Leaving Certificate Examination, 1911
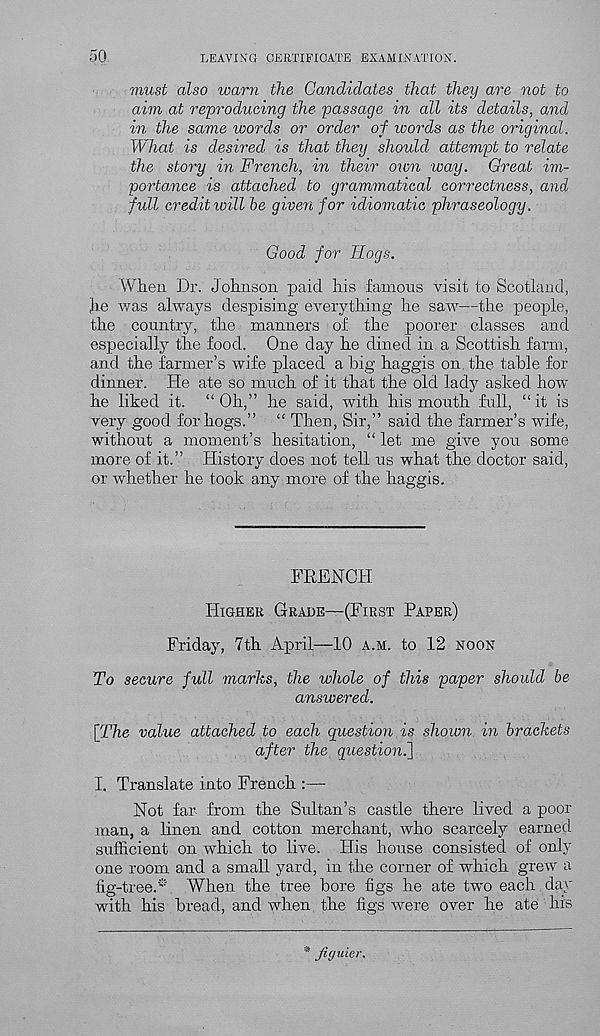
50
LEAVING CERTIFICATE EXAMINATION.
must also warn the Candidates that they are not to
aim at reproducing the passage in all its details, and
in the same words or order of ivords as the original.
What is desired is that they should attempt to relate
the story in French, in their own way. Great im-
portance is attached to grammatical correctness, and
full credit will he given for idiomatic phraseology.
Good for Hogs.
When Dr. Johnson paid his famous visit to Scotland,
he was always despising everything he saw—the people,
the country, the manners of the poorer classes and
especially the food. One day he dined in a Scottish farm,
and the farmer’s wife placed a big haggis on. the table for
dinner. He ate so much of it that the old lady asked how
he liked it. “Oh,” he said, with his mouth full, “it is
very good for hogs.” “ Then, Sir,” said the farmer’s wife,
without a moment’s hesitation, “ let me give you some
more of it.” History does not tell us what the doctor said,
or whether he took any more of the haggis.
FRENCH
Higher Grade—(First Paper)
Friday, 7th April—10 a.m. to 12 noon
To secure full marks, the whole of this paper should be
answered.
\The value attached to each question is shown in brackets
after the question.]
I. Translate into French :—-
Not far from the Sultan’s castle there lived a poor
man, a linen and cotton merchant, who scarcely earned
sufficient on which to live. His house consisted of only
one room and a small yard, in the corner of which grew a
fig-tree.® When the tree bore figs he ate two each day
with his bread, and when the figs were over he ate his
* figuier.